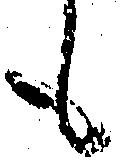
も